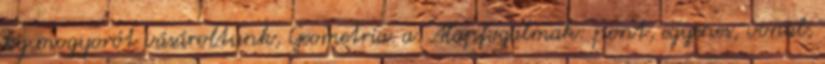
kg mogyorót vásároltunk, Geometria. a. Alapfogalmak: pont, egyenes, vonal,